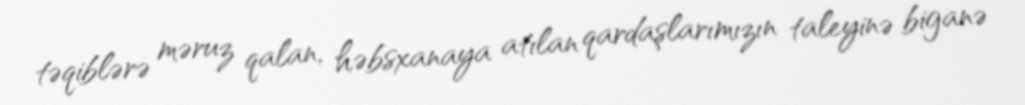
təqiblərə məruz qalan, həbsxanaya atılan qardaşlarımızın taleyinə biganə